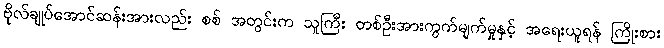
ဗိုလ်ချုပ်အောင်ဆန်းအားလည်း စစ် အတွင်းက သူကြီး တစ်ဦးအားကွက်မျက်မှုနှင့် အရေးယူရန် ကြိုးစား